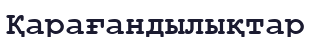
Қарағандылықтар